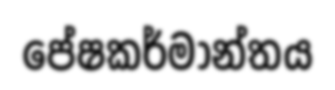
පේෂකර්මාන්තය